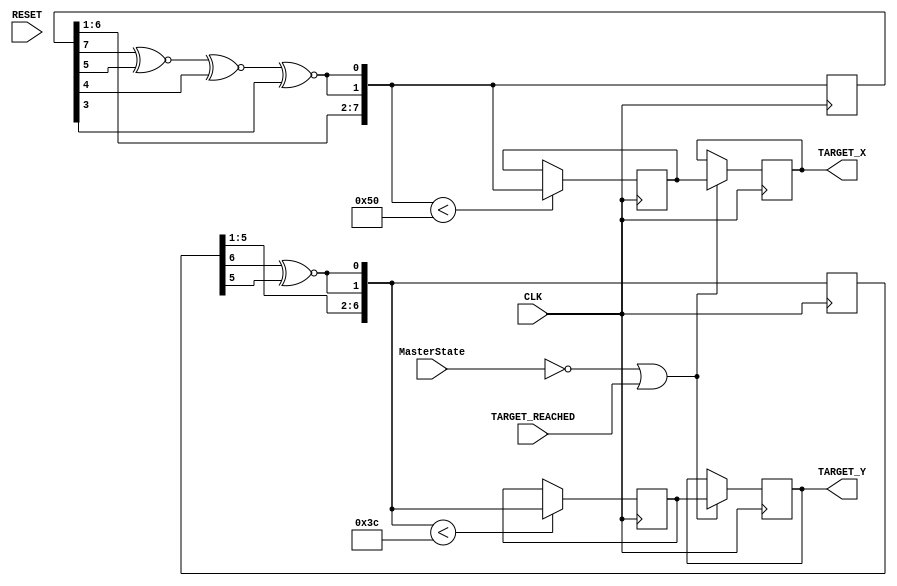
`timescale 1ns / 1ps
//////////////////////////////////////////////////////////////////////////////////
// Company: 
// Engineer: 
// 
// Design Name: 
// Module Name: Target_generator
// Project Name: 
// Target Devices: 
// Tool Versions: 
// Description: 
// 
// Dependencies: 
// 
// Revision:
// Revision 0.01 - File Created
// Additional Comments:
// 
//////////////////////////////////////////////////////////////////////////////////
module Target_generator(
        input CLK,
        input RESET,
        input TARGET_REACHED,
        input [2:0] MasterState,
        output [7:0] TARGET_X,
        output [6:0] TARGET_Y 
    );
    
    reg [7:0] X_reg;
    reg [6:0] Y_reg;
    reg [7:0] currentX_reg;
    reg [6:0] currentY_reg;        
    
    reg [7:0] tempX;
    reg [6:0] tempY;
    
    //x_reg shift
    //generates random number for target coords
    integer i;
    always@(posedge CLK)begin
        
        tempX[0] = (((tempX[7] ^~ tempX[5]) ^~ tempX[4]) ^~ tempX[3]);
        tempX[7:1]= tempX[6:0];
                //checks if it is in range

        if(tempX<80)
            X_reg = tempX;
        
    end
    
    //y_reg shift for random coords
    integer j;
    always@(posedge CLK)begin
       
        tempY[0] = tempY[6] ^~ tempY[5];
        tempY[6:1]= tempY[5:0];
        //checks if it is in range
        if(tempY<60)
            Y_reg = tempY;
            
    end
    
    //updates target coord with randomly generated ones
    always@(posedge CLK)begin
        if(MasterState== 0 || TARGET_REACHED)begin
            currentX_reg = X_reg;
            currentY_reg = Y_reg;
        end
    end 
    
    assign TARGET_X = currentX_reg;
    assign TARGET_Y = currentY_reg;
endmodule